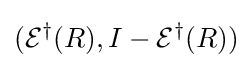
({\mathcal {E}}^{\dagger }(R),I-{\mathcal {E}}^{\dagger }(R))